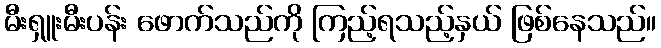
မီးရှူးမီးပန်း ဖောက်သည်ကို ကြည့်ရသည့်နှယ် ဖြစ်နေသည်။